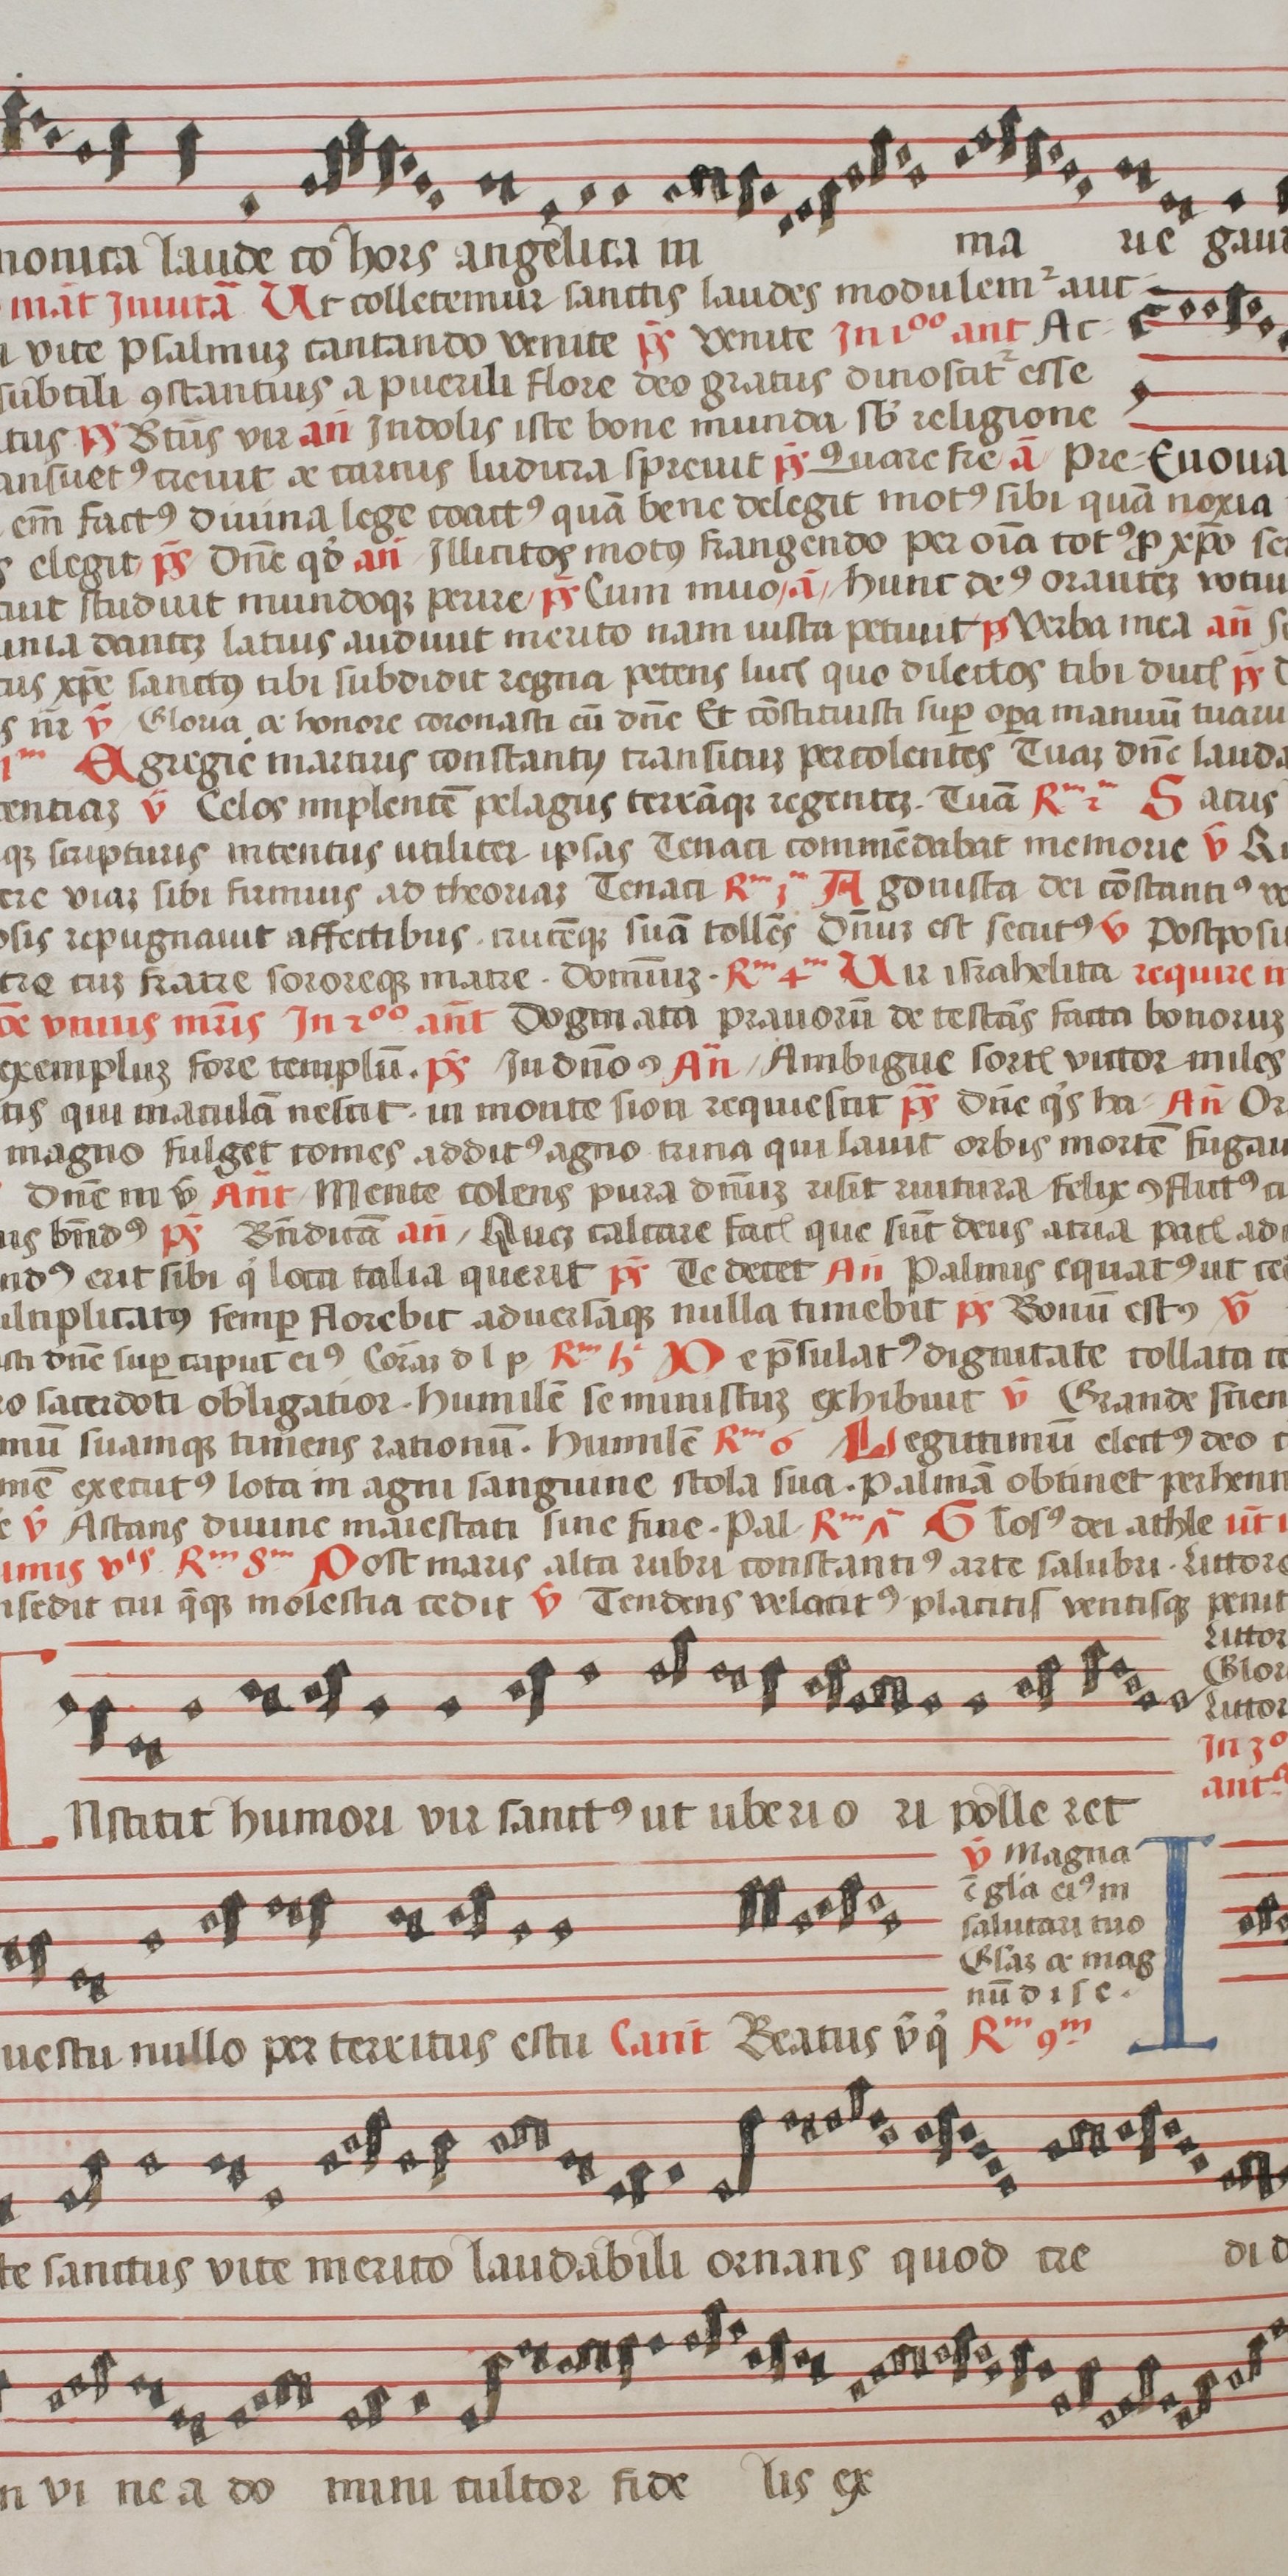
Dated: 1544–1544